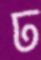
ঢ